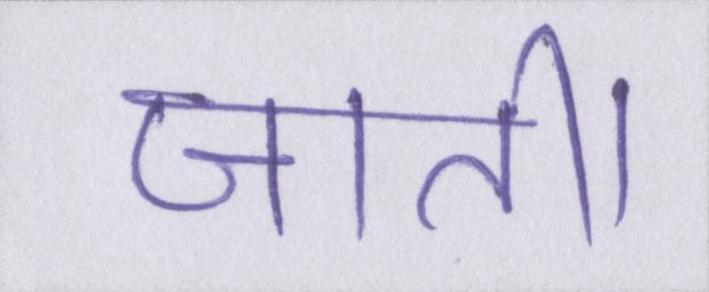
जाती।